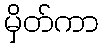
မှိတ်ကာ